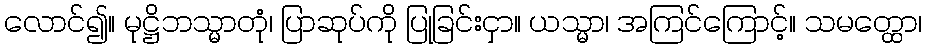
လောင်၍။ မုဋ္ဌိဘသ္မာတုံ၊ ပြာဆုပ်ကို ပြုခြင်းငှာ။ ယသ္မာ၊ အကြင်ကြောင့်။ သမတ္ထော၊